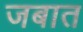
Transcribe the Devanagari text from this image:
जबात